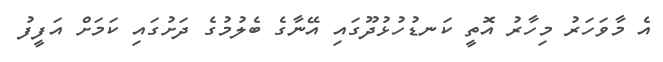
އެ މާވަހަރު މިހާރު އޮތީ ކަނޑުހުޅުދޫގައި އޭނާގެ ބެލުމުގެ ދަށުގައި ކަމަށް އަފީފު